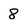
Character: 8